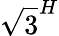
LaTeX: \sqrt{3}^{H}